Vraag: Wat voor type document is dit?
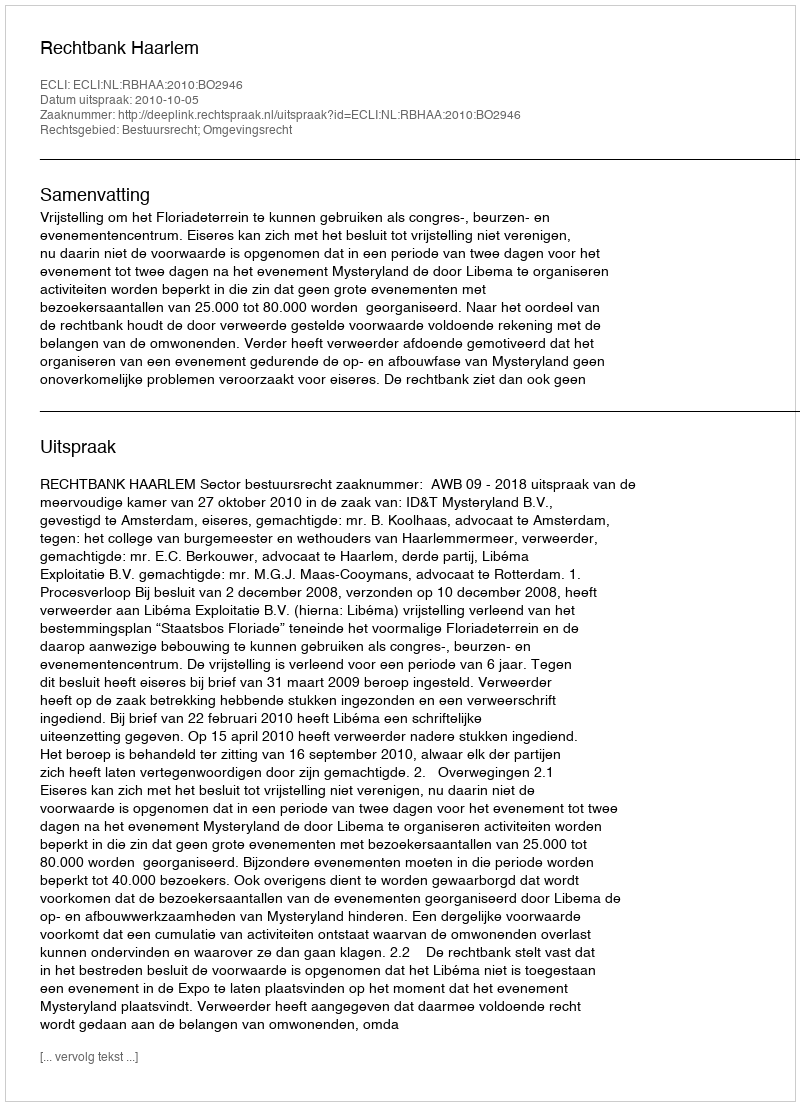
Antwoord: Uitspraak